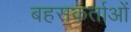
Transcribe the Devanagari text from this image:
बहसकर्ताओं